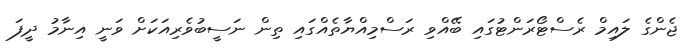
ޖެންގެ ލައިމް ރެސްޓޯރަންޓުގައި ބޭއްވި ރަސްމިއްޔާތެއްގައި ތިން ނަސީބުވެރިއަކަށް ވަނީ އިނާމު ދީފަ